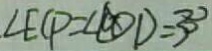
\angle E C P = \angle C D D = 3 0 ^ { \circ }